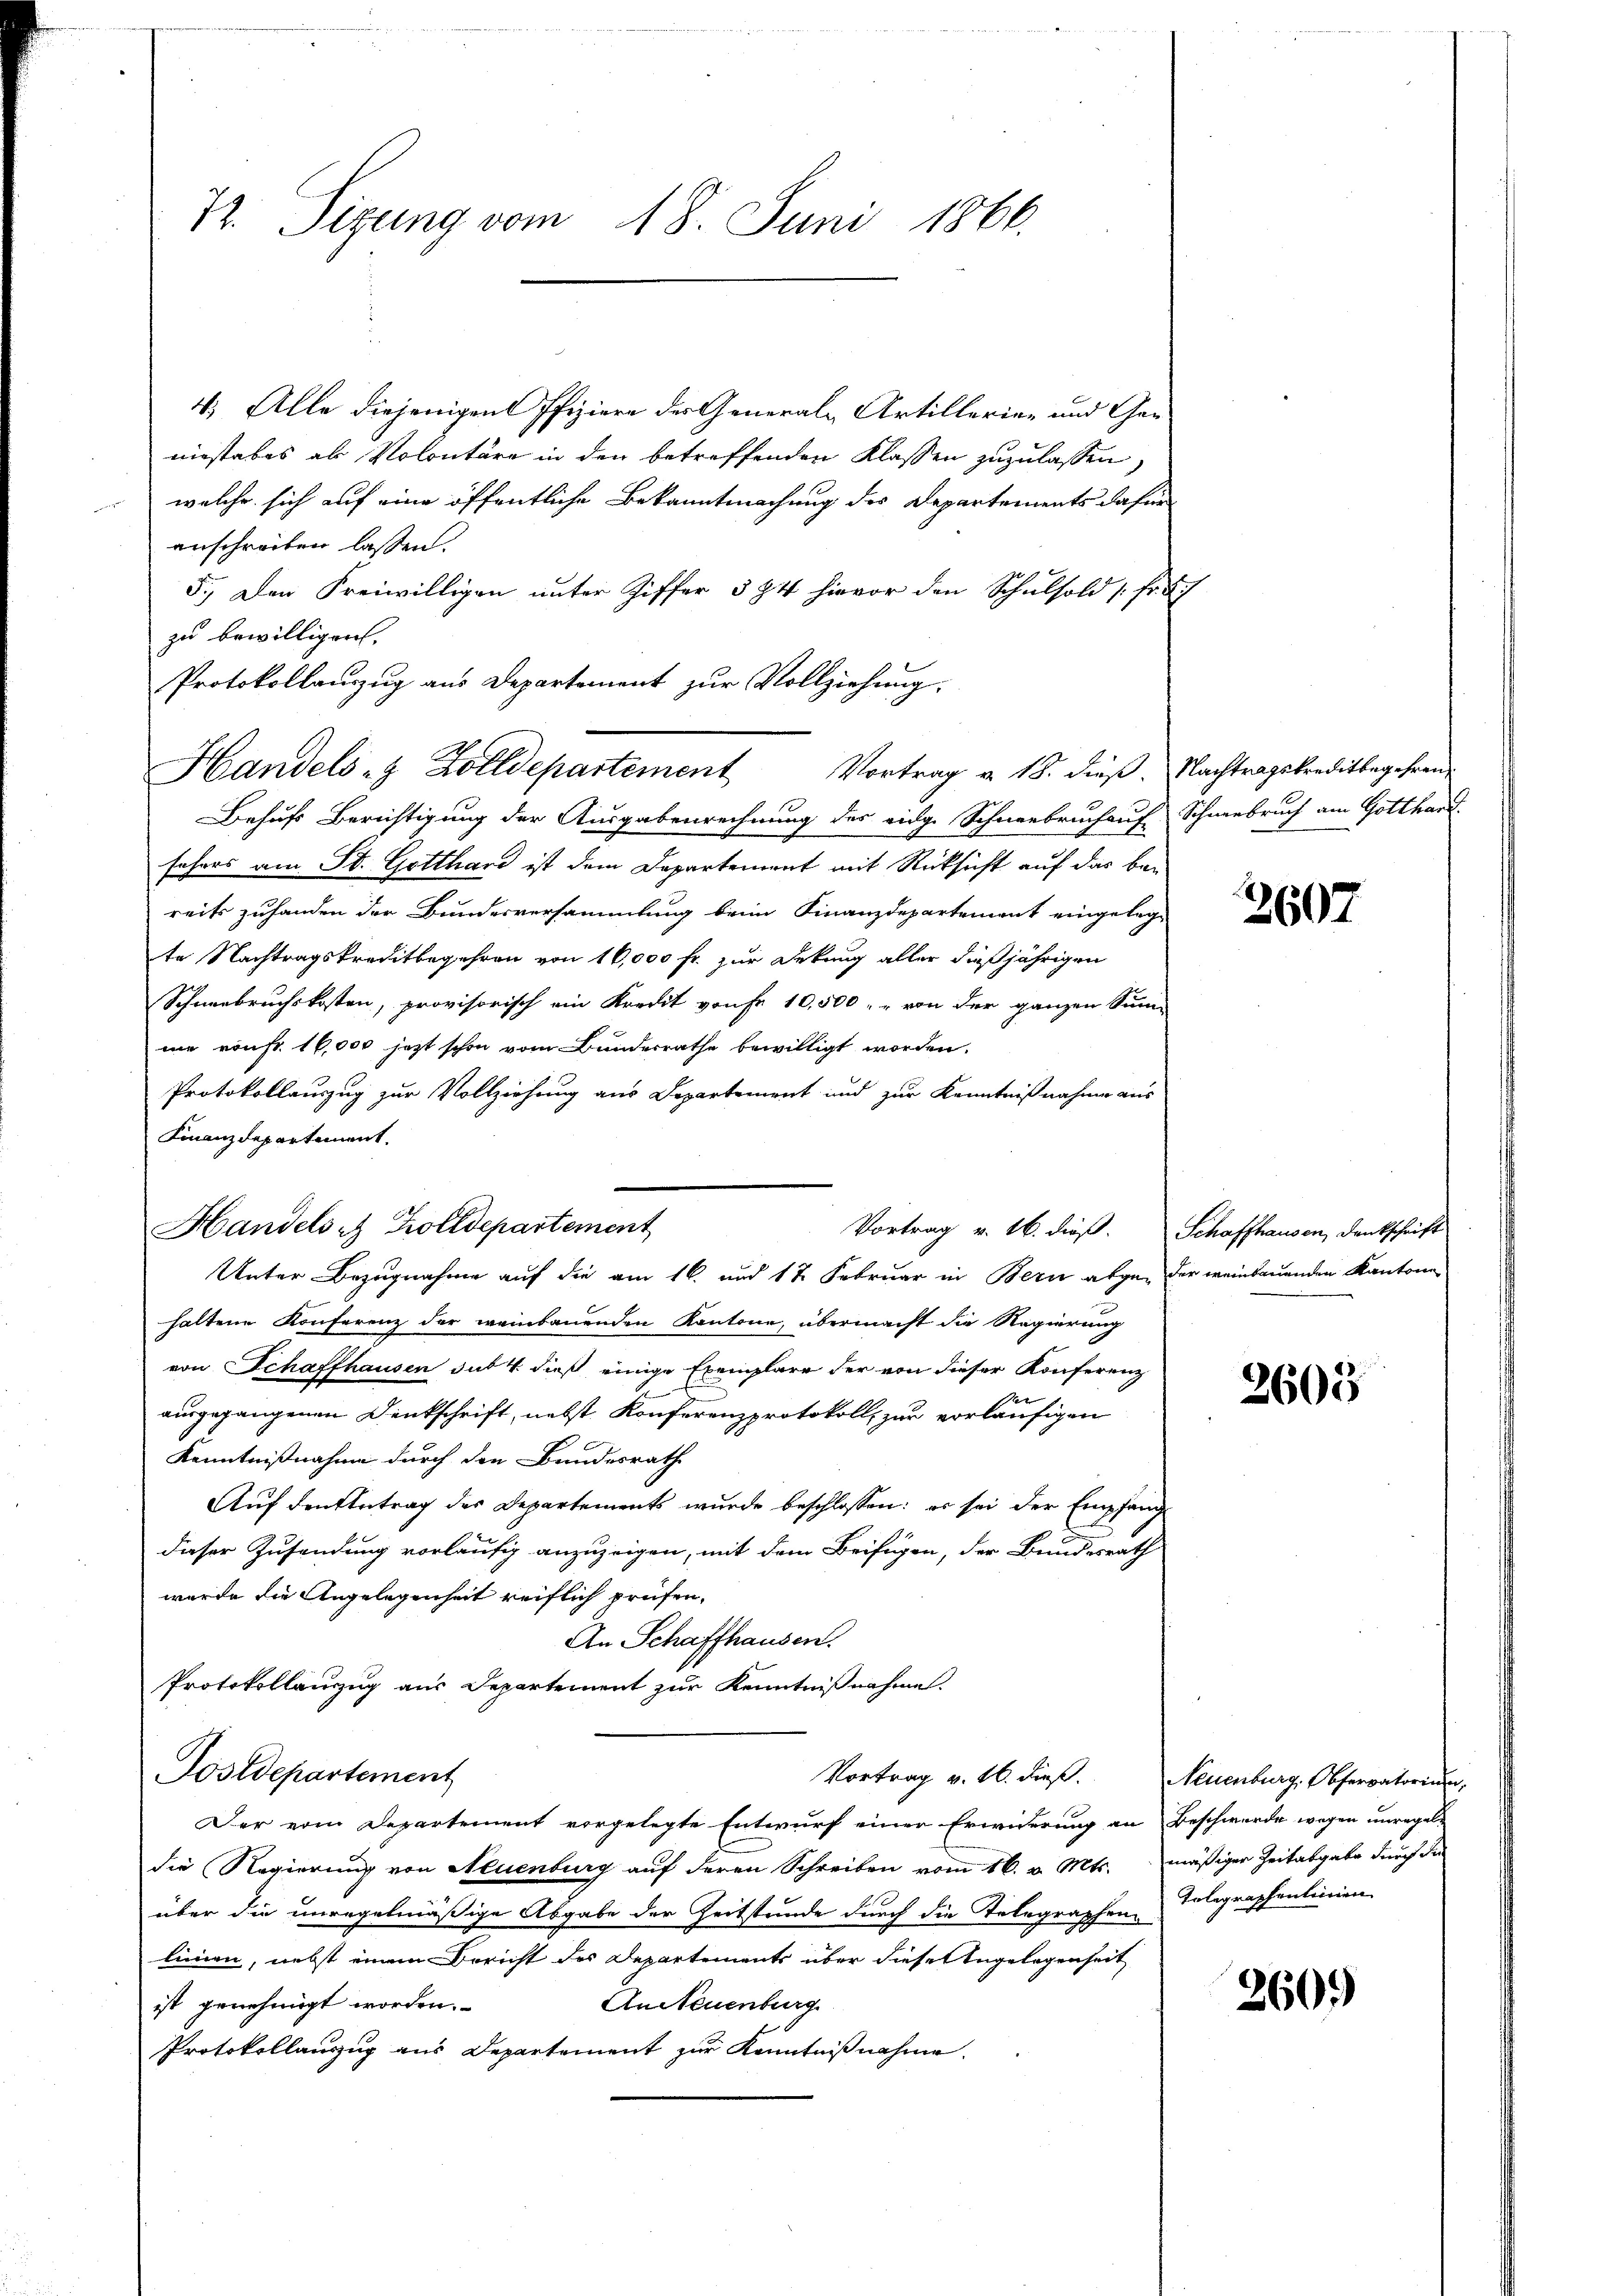
72. Sizung vom 18. Juni 1866.

4. Alle diejenigen Pfiziere der General-Artillerien und Gen
niestabes als Volontäre in den betreffenden Klassen zuzulassen,
welche sich auf eine öffentliche Bekanntmachung des Departements dafür
anschreiben lassen.
5.) Den Freiwilligen unter Ziffer § 24 hievor den Schulsold [Fr. 5
zu bewilligen.
Protokollauszug aus Departement zur Vollziehung.
Behufs Berichtigung der Ausgabenrechnung des eidge Schneebruch auf Schneebruch am Gotthard
sehers am St. Gotthard ist dem Departement mit Rücksicht auf das bereits zuhanden der Bundesversammlung beim Finanzdepartement eingelegte Nachtragskreditbegehren von 16,000 fr. zur Dekung aller dießjährigen
Schneebruchskosten, provisorisch ein Kredit von Fr. 10,500 " " von der ganzen Sinn
me von fr. 16,000 jezt schon vom Bundesrathe bewilligt worden.
Protokollauszug zur Vollziehung aus Departement und zur Kenntnißnahme aus
Finanzdepartement.
Handels in Zolldepartement
haltene Konferenz der weinbauenden Kantone, übermacht die Regierung
von Schaffhausen sub 4. dieß einige Exemplare der von dieser Konferenz
f
ausgegangenen Denkschrift, nebst Konferenzprotokoll, zur vorläufigen
Kenntnißnahme durch den Bundesrath
Auf den Antrag des Departements wurde beschlossen: es sei der Empfang
dieser Zusendung vorläufig anzuzeigen, mit dem Beifügen, der Bundesrath
wurde die Angelegenheit reiflich prüfen.
An Schaffhausen.
Protokollauszug aus Departement zur Kenntnißnahme.
Postdepartement
Vortrag v. 16. dieβ. Neuenburg, Observatorium,
Der von Departement vorgelegte Entwurf einer Erwiderung an Beschwerde wegen unregeln
die Regierung von Neuenburg auf deren Schreiben vom 16. v. Mts. mäßiger Zeitabgabe durch die
über die unregelmäßige Abgabe der Zeitstunde durch die Telegraphen Telegraphenlinien
linien, nebst einem Bericht des Departements über dieser Angelegenheit
An Neuenburg
ist genehmigt worden.
Protokollauszug aus Departement zur Kenntnißnahme.

Handels- & Zolldepartement Vortrag v. 18. dieß. Nachtragskreditbegehren

Vortrag v. 16. dieß. Schaffhausen, Dankschrift
Unter Bezugnahme auf die am 16. und 12 Februar in Bern abgen der weinbauenden Kantone

2607

2603

260.